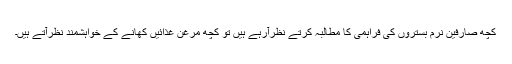
کچھ صارفین نرم بستروں کی فراہمی کا مطالبہ کرتے نظرآرہے ہیں تو کچھ مرغن غذائیں کھانے کے خواہشمند نظرآتے ہیں۔